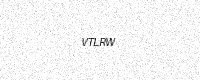
Text: VTLRW